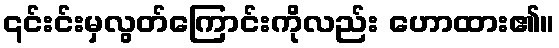
၎င်းင်းမှလွတ်ကြောင်းကိုလည်း ဟောထား၏။